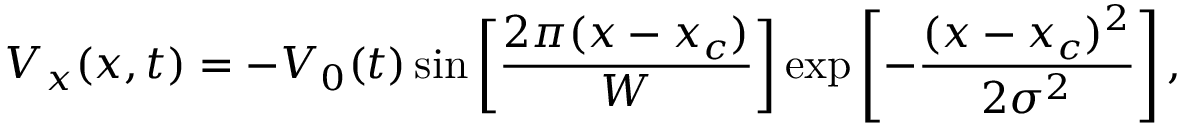
V _ { x } ( x , t ) = - V _ { 0 } ( t ) \sin { \left[ \frac { 2 \pi ( x - x _ { c } ) } { W } \right] } \exp { \left[ - \frac { ( x - x _ { c } ) ^ { 2 } } { 2 \sigma ^ { 2 } } \right] } \, ,